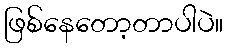
ဖြစ်နေတော့တာပါပဲ။